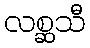
လစ္ဆသီ